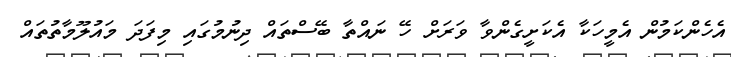
އެހެންކަމުން އެމީހަކާ އެކަށީގެންވާ ވަރަށް ހޭ ނައްތާ ބޭސްތައް ދިނުމުގައި މިފަދަ މައުލޫމާތުތައް